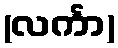
(လင်္ကာ)